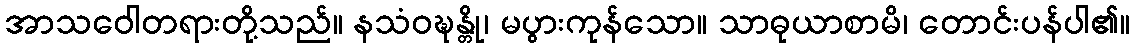
အာသဝေါတရားတို့သည်။ နသံဝဍ္ဎန္တို၊ မပွားကုန်သော။ သာဓုယာစာမိ၊ တောင်းပန်ပါ၏။